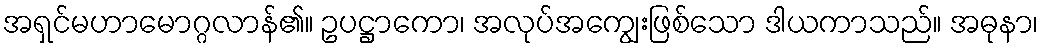
အရှင်မဟာမောဂ္ဂလာန်၏။ ဥပဋ္ဌာကော၊ အလုပ်အကျွေးဖြစ်သော ဒါယကာသည်။ အဓုနာ၊